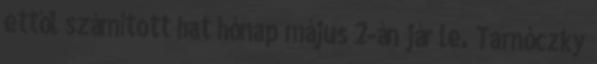
ettől számított hat hónap május 2-án jár le. Tarnóczky